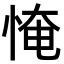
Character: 㤿